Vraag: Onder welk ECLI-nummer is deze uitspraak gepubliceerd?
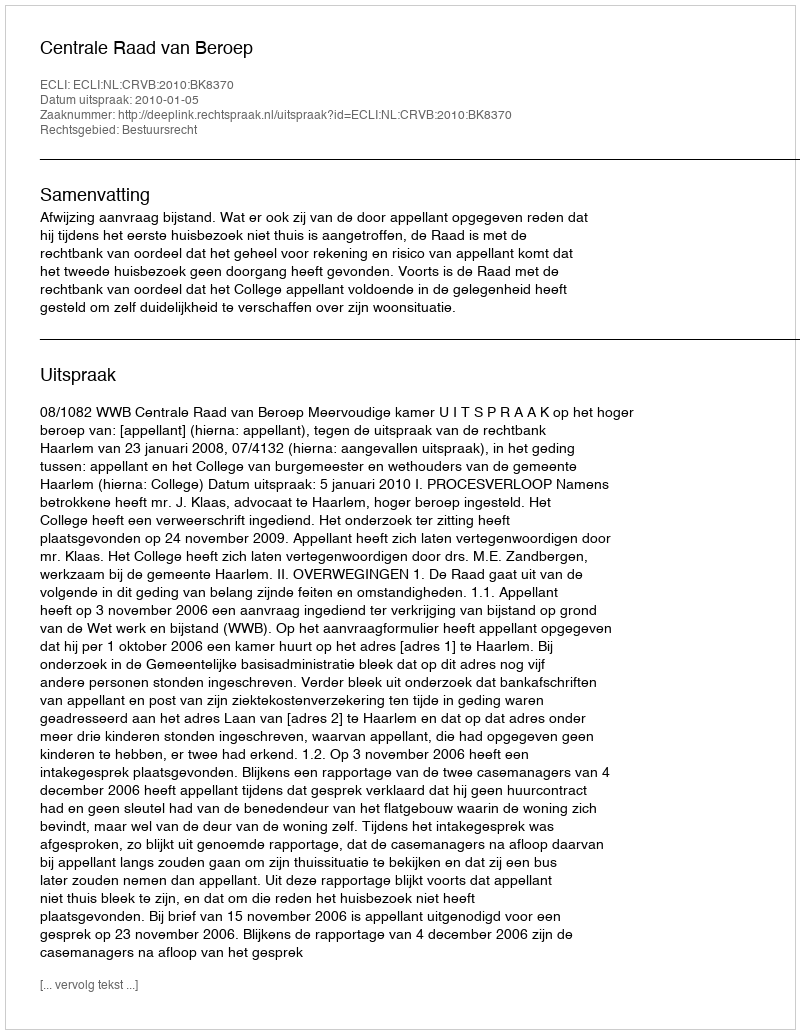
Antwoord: ECLI:NL:CRVB:2010:BK8370